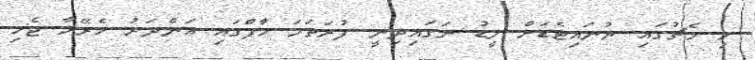
މި މެޗުގައި ޔުނައިޓެޑަށް ލީޑު ނަގައިދިނީ ފުރަތަމަ ހާފްގައި އަންދަރު ހެރޭރާ ޖެހި